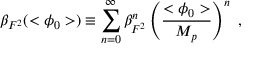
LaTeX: \beta _ { F ^ { 2 } } ( < \phi _ { 0 } > ) \equiv \sum _ { n = 0 } ^ { \infty } \beta _ { F ^ { 2 } } ^ { n } \left( \frac { < \phi _ { 0 } > } { M _ { p } } \right) ^ { n } \; ,